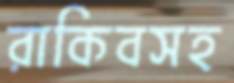
রাকিবসহ